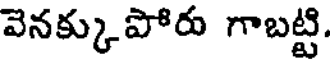
వెనక్కుపోరు గాబట్టి.